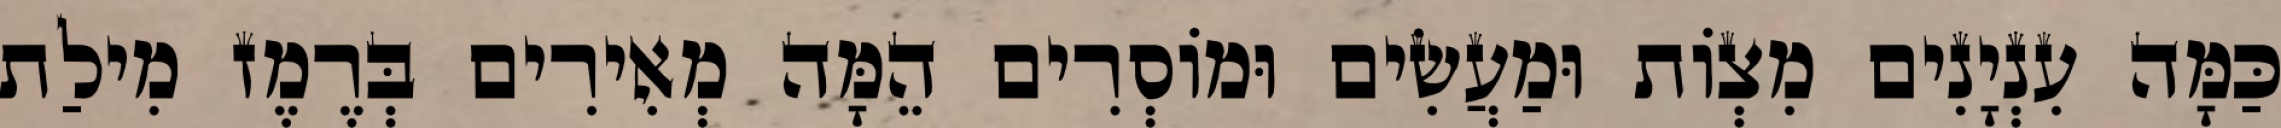
כַּמָּה עִנְיָנִים מִצְוֹת וּמַעֲשִׂים וּמוֹסְרִים הֵמָּה מְאִירִים בְּרֶמֶז מִילַת